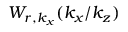
W _ { r , k _ { x } } ( k _ { x } / k _ { z } )